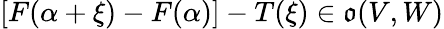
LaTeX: [F(\alpha+\xi)-F(\alpha)]-T(\xi)\in{\mathfrak{o}}(V,W)